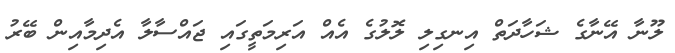
ލޫނާ އޭނާގެ ޝަހާދަތް އިނގިލި ލޮލުގެ އެއް އަރިމަތީގައި ޖައްސާލާ އެދިމާއިން ބޭރު